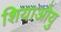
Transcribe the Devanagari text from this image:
शियाओयु